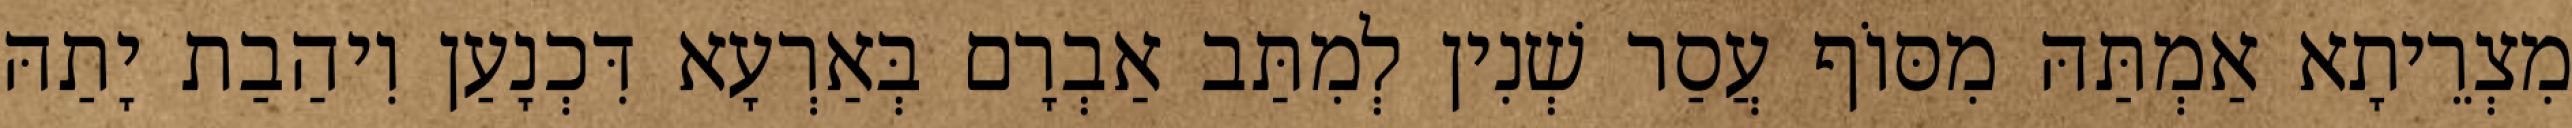
מִצְרֵיתָא אַמְתַּהּ מִסּוֹף עֲסַר שְׁנִין לְמִתַּב אַבְרָם בְּאַרְעָא דִּכְנָעַן וִיהַבַת יָתַהּ